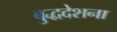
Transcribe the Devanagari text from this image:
बुद्धदेशना